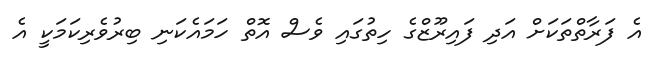
އެ ފަރާތްތަކަށް އަދި ފައިރޫޒްގެ ހިތުގައި ވެސް އޮތް ހަމައެކަނި ބިރުވެރިކަމަކީ އެ